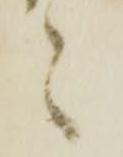
々